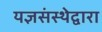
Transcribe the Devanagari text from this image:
यज्ञसंस्थेद्वारा